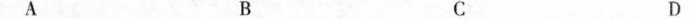
A B C D